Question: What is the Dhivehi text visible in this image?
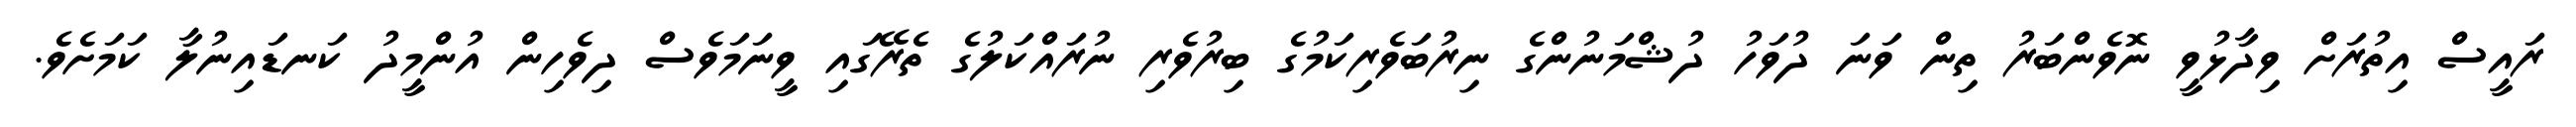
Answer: ރައީސް އިތުރަށް ވިދާޅުވީ ނޮވެންބަރު ތިން ވަނަ ދުވަހު ދުޝްމަނުންގެ ނިރުބަވެރިކަމުގެ ބިރުވެރި ނުރައްކަލުގެ ތެރޭގައި ވީނަމަވެސް ދިވެހިން އުންމީދު ކަނޑައިނުލާ ކަމަށެވެ.